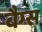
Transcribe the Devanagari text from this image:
बैग्‍स